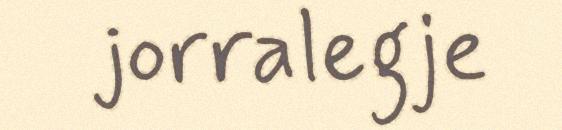
jorralegje